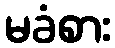
မခံစား